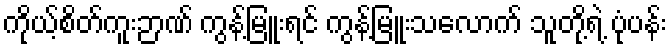
ကိုယ့်စိတ်ကူးဉာဏ် ကွန့်မြူးရင် ကွန့်မြူးသလောက် သူတို့ရဲ့ ပုံပန်း